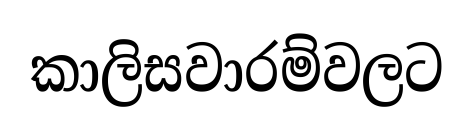
කාලිසවාරම්වලට